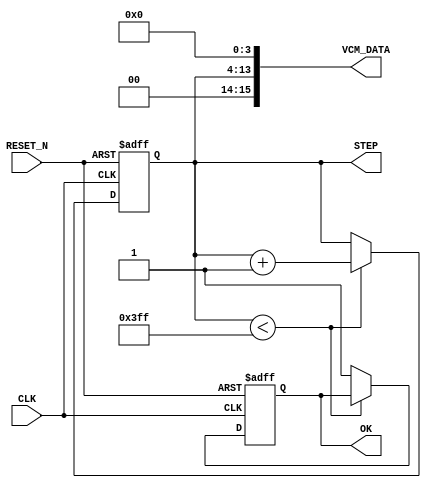
module VCM_STEP  ( 
input CLK , 
input RESET_N , 
output  [15:0] VCM_DATA , 
output  reg [9:0] STEP ,
output  reg OK
);  


 
assign VCM_DATA  = {2'b00, STEP [9:0]   ,4'b0000 }; // 



always @ (negedge RESET_N or posedge CLK )  begin 
if     (!RESET_N) begin STEP <=0;  OK <=0; end 
else if ( STEP < 10'h3ff )  STEP<=STEP+1 ;
else OK<=1; 
end


endmodule